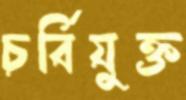
চর্বিযুক্ত